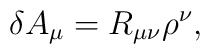
\delta A_{\mu} = R_{\mu \nu}\rho^{\nu},